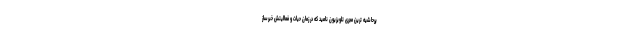
پرحاشیه ترین مجری تلویزیون نامید که در زمان حیات و فعالیتش خبرساز